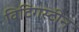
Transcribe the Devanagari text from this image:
विटिंगस्टीन